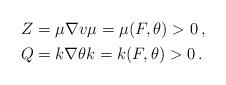
LaTeX: \begin{align*}\begin{aligned}Z &= \mu\nabla v \mu=\mu(F,\theta)>0 \, ,\\Q &= k\nabla\theta k=k(F,\theta)>0 \, .\end{aligned}\end{align*}